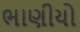
ભાણીયો